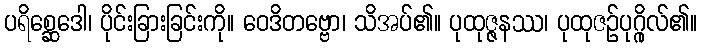
ပရိစ္ဆေဒေါ၊ ပိုင်းခြားခြင်းကို။ ဝေဒိတဗ္ဗော၊ သိအပ်၏။ ပုထုဇ္ဇနဿ၊ ပုထုဇဉ်ပုဂ္ဂိုလ်၏။